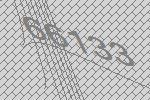
66133